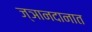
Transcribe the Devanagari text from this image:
ज्ञानदानात